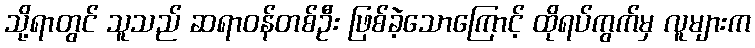
သို့ရာတွင် သူသည် ဆရာဝန်တစ်ဦး ဖြစ်ခဲ့သောကြောင့် ထိုရပ်ကွက်မှ လူများက